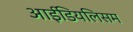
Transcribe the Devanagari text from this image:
आईडियलिसम